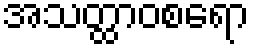
အသတ္ထာဝစရော